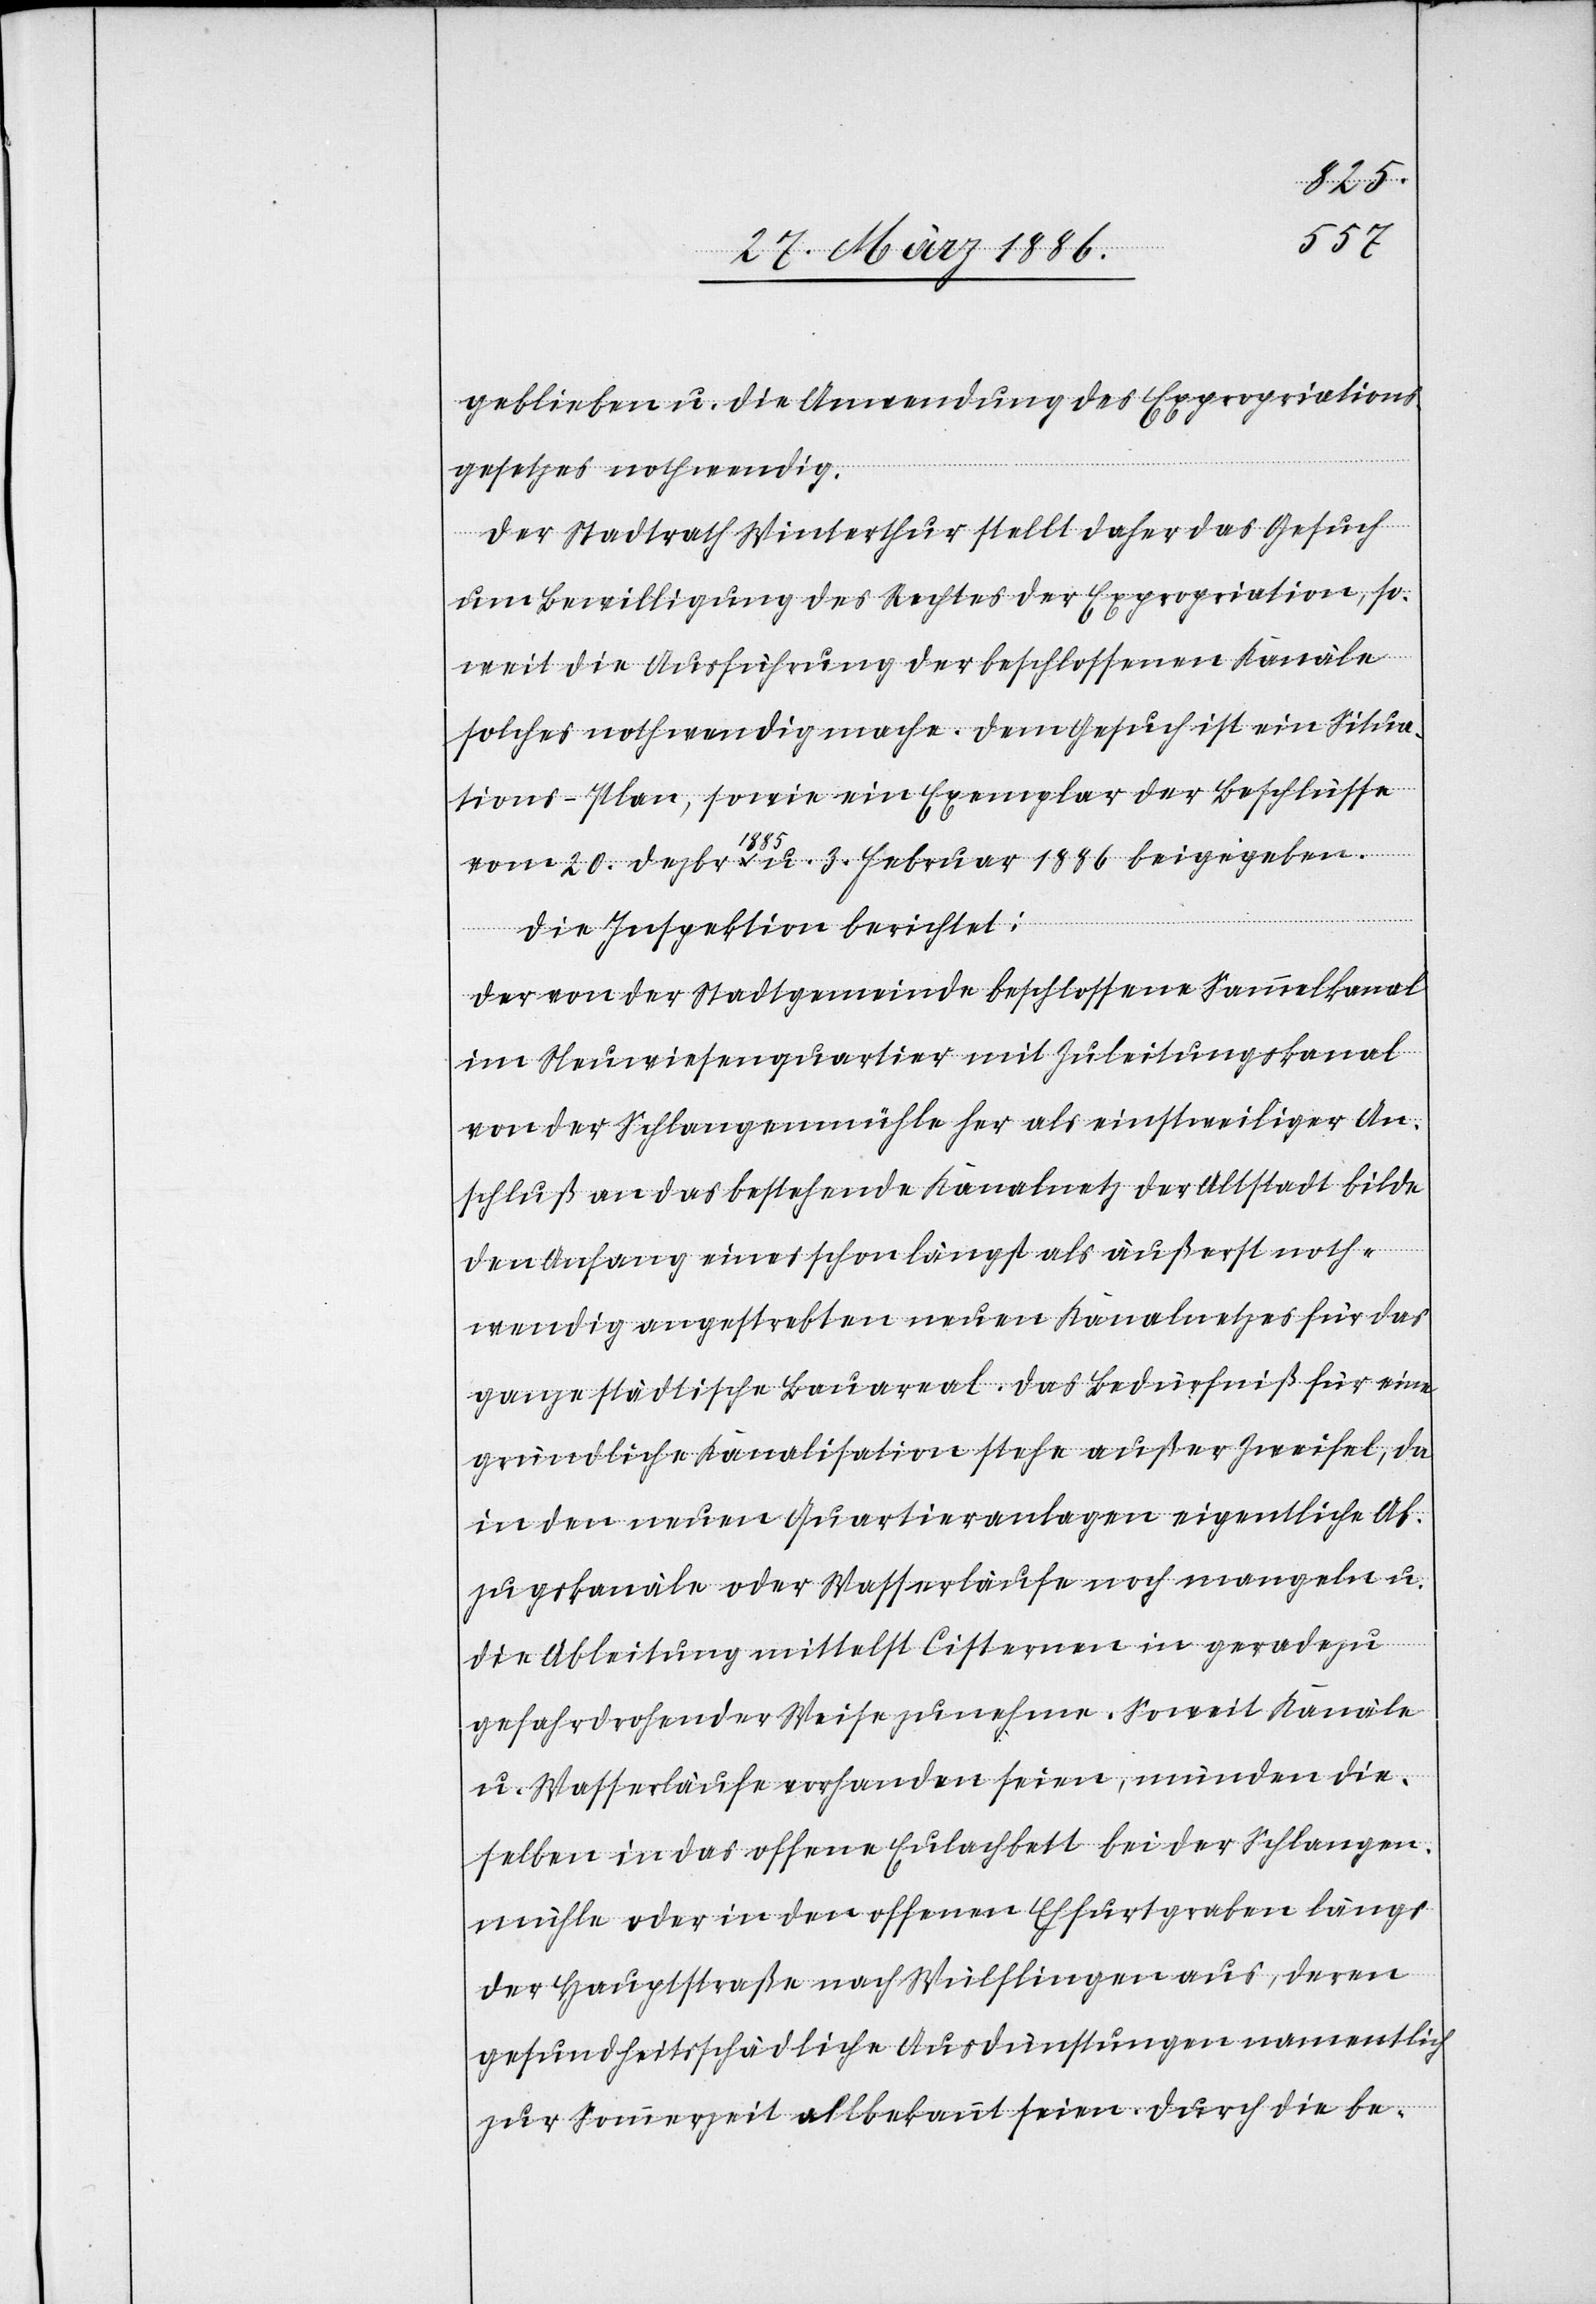
geblieben u. die Anwendung des Expropriations¬
gesetzes nothwendig.
Der Stadtrath Winterthur stellt daher das Gesuch
um Bewilligung des Rechtes der Expropriation, so¬
weit die Ausführung der beschlossenen Kanäle
solches nothwendig mache. Dem Gesuch ist ein Situa¬
tions-Plan, sowie ein Exemplar der Beschlüsse
vom 20. Dezbr. 1885 u. 3. Februar 1886 beigegeben.
Die Inspektion berichtet:
Der von der Stadtgemeinde beschlossene Sammelkanal
im Neuwiesenquartier mit Zuleitungskanal
von der Schlangenmühle her als einstweiliger An¬
schluß an das bestehende Kanalnetz der Altstadt bilde
den Anfang eines schon längst als äußerst noth¬
wendig angestrebten neuen Kanalgesetzes für das
ganze städtische Bauareal. Das Bedürfniß für eine
gründliche Kanalisation stehe außer Zweifel, da
in den neuen Quartieranlagen eigentliche Ab¬
zugskanäle oder Wasserläufe noch mangeln u.
die Ableitung mittelst Cisterne in geradezu
gefahrdrohender Weise zunehmen. Soweit Kanäle
u. Wasserläufe vorhanden seien, münden die¬
selben in das offene Eulachbett bei der Schlangen¬
mühle oder in den offenen Ehfurtgräben längs
der Hauptstraße nach Wülflingen aus, deren
gesundheitsschädliche Ausdünstungen namentlich
zur Sommerzeit altbekannt seien. Durch die be-